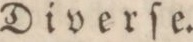
Diverſe.